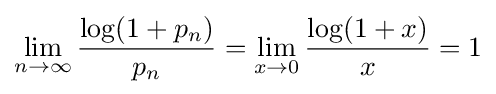
\lim _{n\to \infty }{\frac {\log(1+p_{n})}{p_{n}}}=\lim _{x\to 0}{\frac {\log(1+x)}{x}}=1